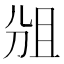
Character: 𠜞